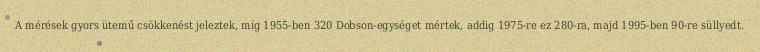
A mérések gyors ütemű csökkenést jeleztek, míg 1955-ben 320 Dobson-egységet mértek, addig 1975-re ez 280-ra, majd 1995-ben 90-re süllyedt.